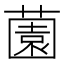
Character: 薗